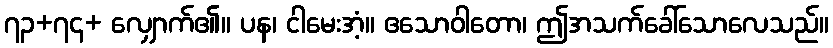
၇၃+၇၄+ လျှောက်၏။ ပန၊ ငါမေးအံ့။ ဧသောဝါတော၊ ဤအသက်ခေါ်သောလေသည်။